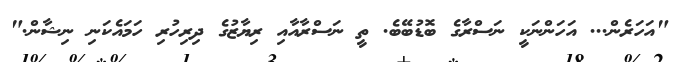
"އަހަރެން... އަހަންނަކީ ނަސްރާގެ ބޮޑުބޭބެ. ތީ ނަސްރާއާއި ރިޔާޒުގެ ދިރިހުރި ހަމައެކަނި ނިޝާން."